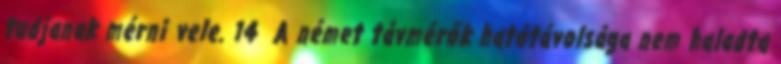
tudjanak mérni vele. 14 A német távmérők hatótávolsága nem haladta